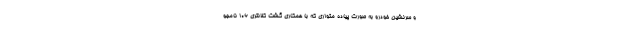
و سرنشین خودرو به صورت پیاده متواری که با همکاری گشت کلانتری ۱۰۶ نامجو